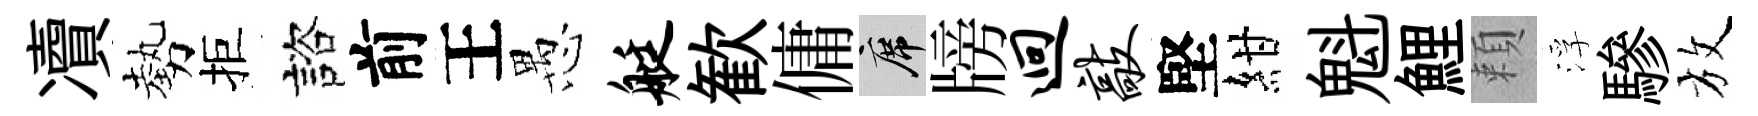
凟勢拒諮前王愚艇歓傭席牓迥敲堅紺魁鯉頼浮驂放